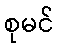
စုမင်